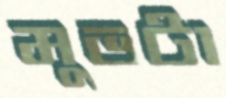
মুভটা